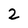
Character: z